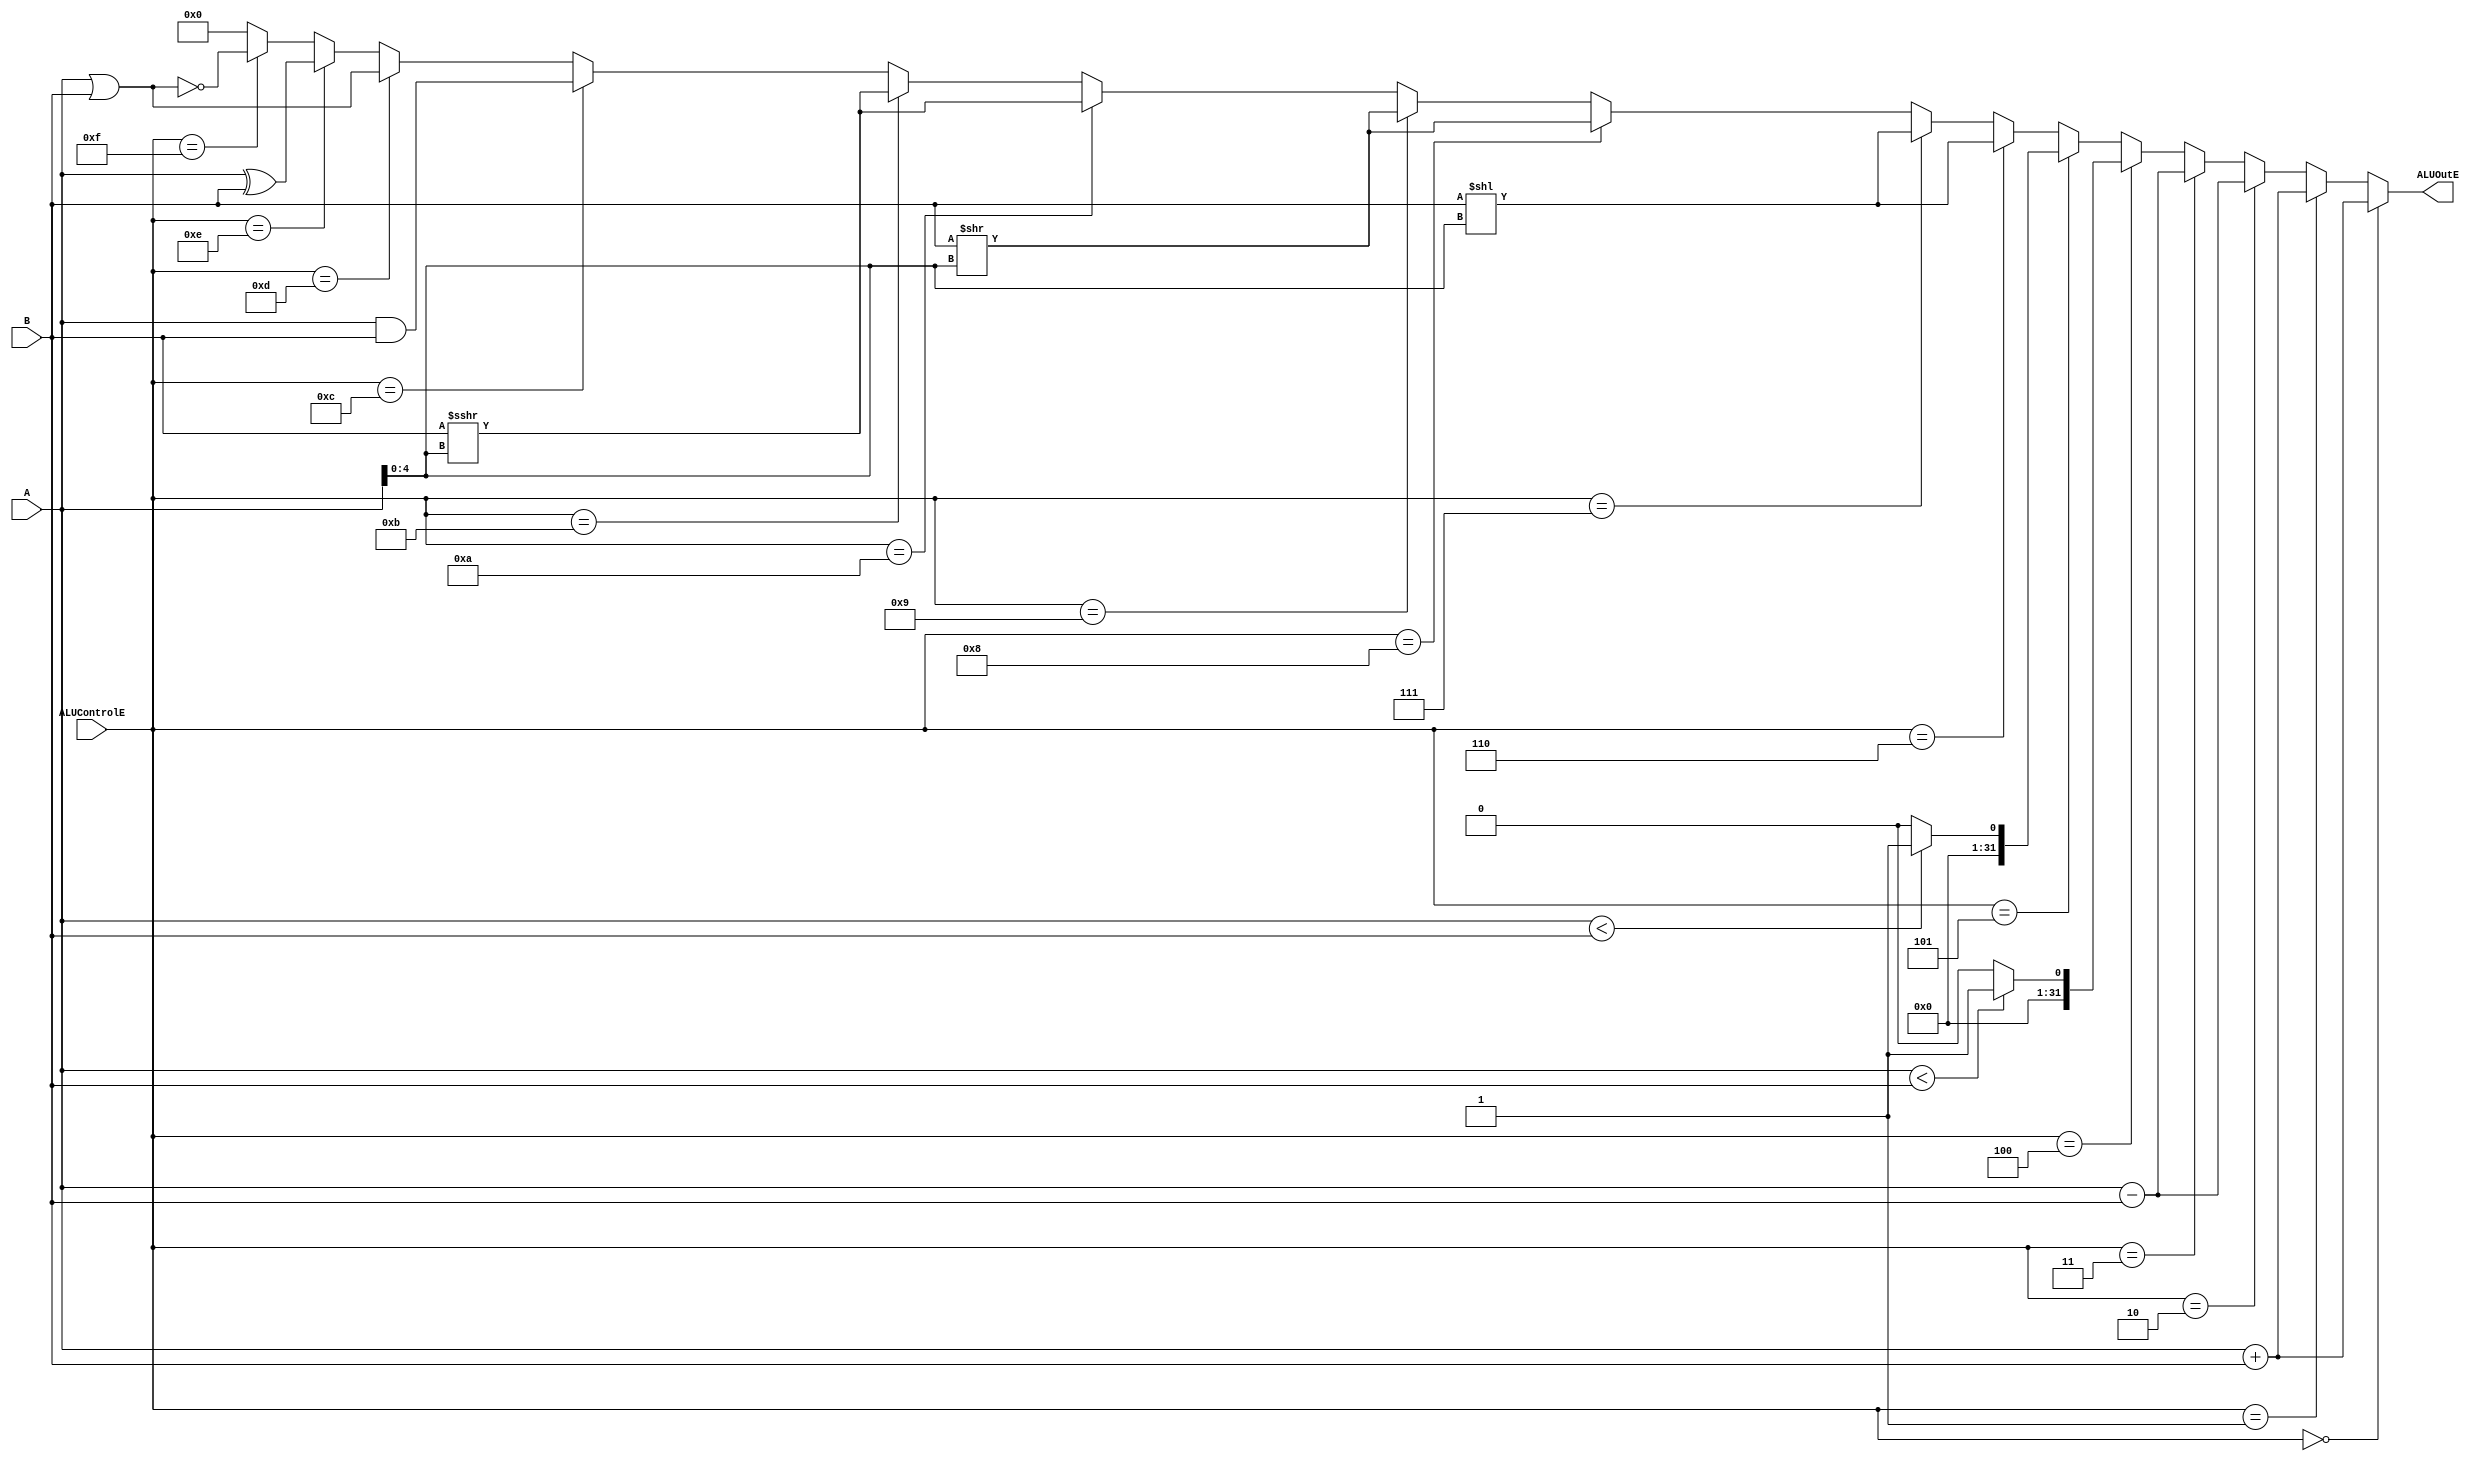
module ALU(
  input   [31:0]  A, B,
  input   [3:0]   ALUControlE,
  output  [31:0]  ALUOutE
  );

  parameter 
		ADDU = 4'b0000,
		ADD  = 4'b0001,
		SUBU = 4'b0010,
		SUB  = 4'b0011,
		SLTU = 4'b0100,
		SLT  = 4'b0101,
		SLL  = 4'b0110,
		SLLV = 4'b0111,
		SRL  = 4'b1000,
		SRLV = 4'b1001,
		SRA  = 4'b1010,
		SRAV = 4'b1011,
		AND  = 4'b1100,
		OR   = 4'b1101,
		XOR  = 4'b1110,
		NOR  = 4'b1111;
  
  reg [31:0] Temp;
  always @(*)
    Temp <= $signed(B) >>> $signed(A[4:0]);
  
  assign ALUOutE = (ALUControlE == ADDU)  ? (A + B) :
                   (ALUControlE == ADD)   ? (A + B) :
                   (ALUControlE == SUBU)  ? (A - B) :
                   (ALUControlE == SUB)   ? (A - B) :
                   (ALUControlE == SLTU)  ? ((A < B) ? 1 : 0) :
                   (ALUControlE == SLT)   ? (($signed(A) < $signed(B)) ? 1 : 0) :
                   (ALUControlE == SLL)   ? (B << A[4:0]) :
                   (ALUControlE == SLLV)  ? (B << A[4:0]) :
                   (ALUControlE == SRL)   ? (B >> A[4:0]) :
                   (ALUControlE == SRLV)  ? (B >> A[4:0]) :
                   (ALUControlE == SRA)   ? (Temp) :
                   (ALUControlE == SRAV)  ? (Temp) :
                   (ALUControlE == AND)   ? (A & B) :
                   (ALUControlE == OR)    ? (A | B) :
                   (ALUControlE == XOR)   ? (A ^ B) :
                   (ALUControlE == NOR)   ? ~(A | B) :
                                            32'b0;
  
endmodule